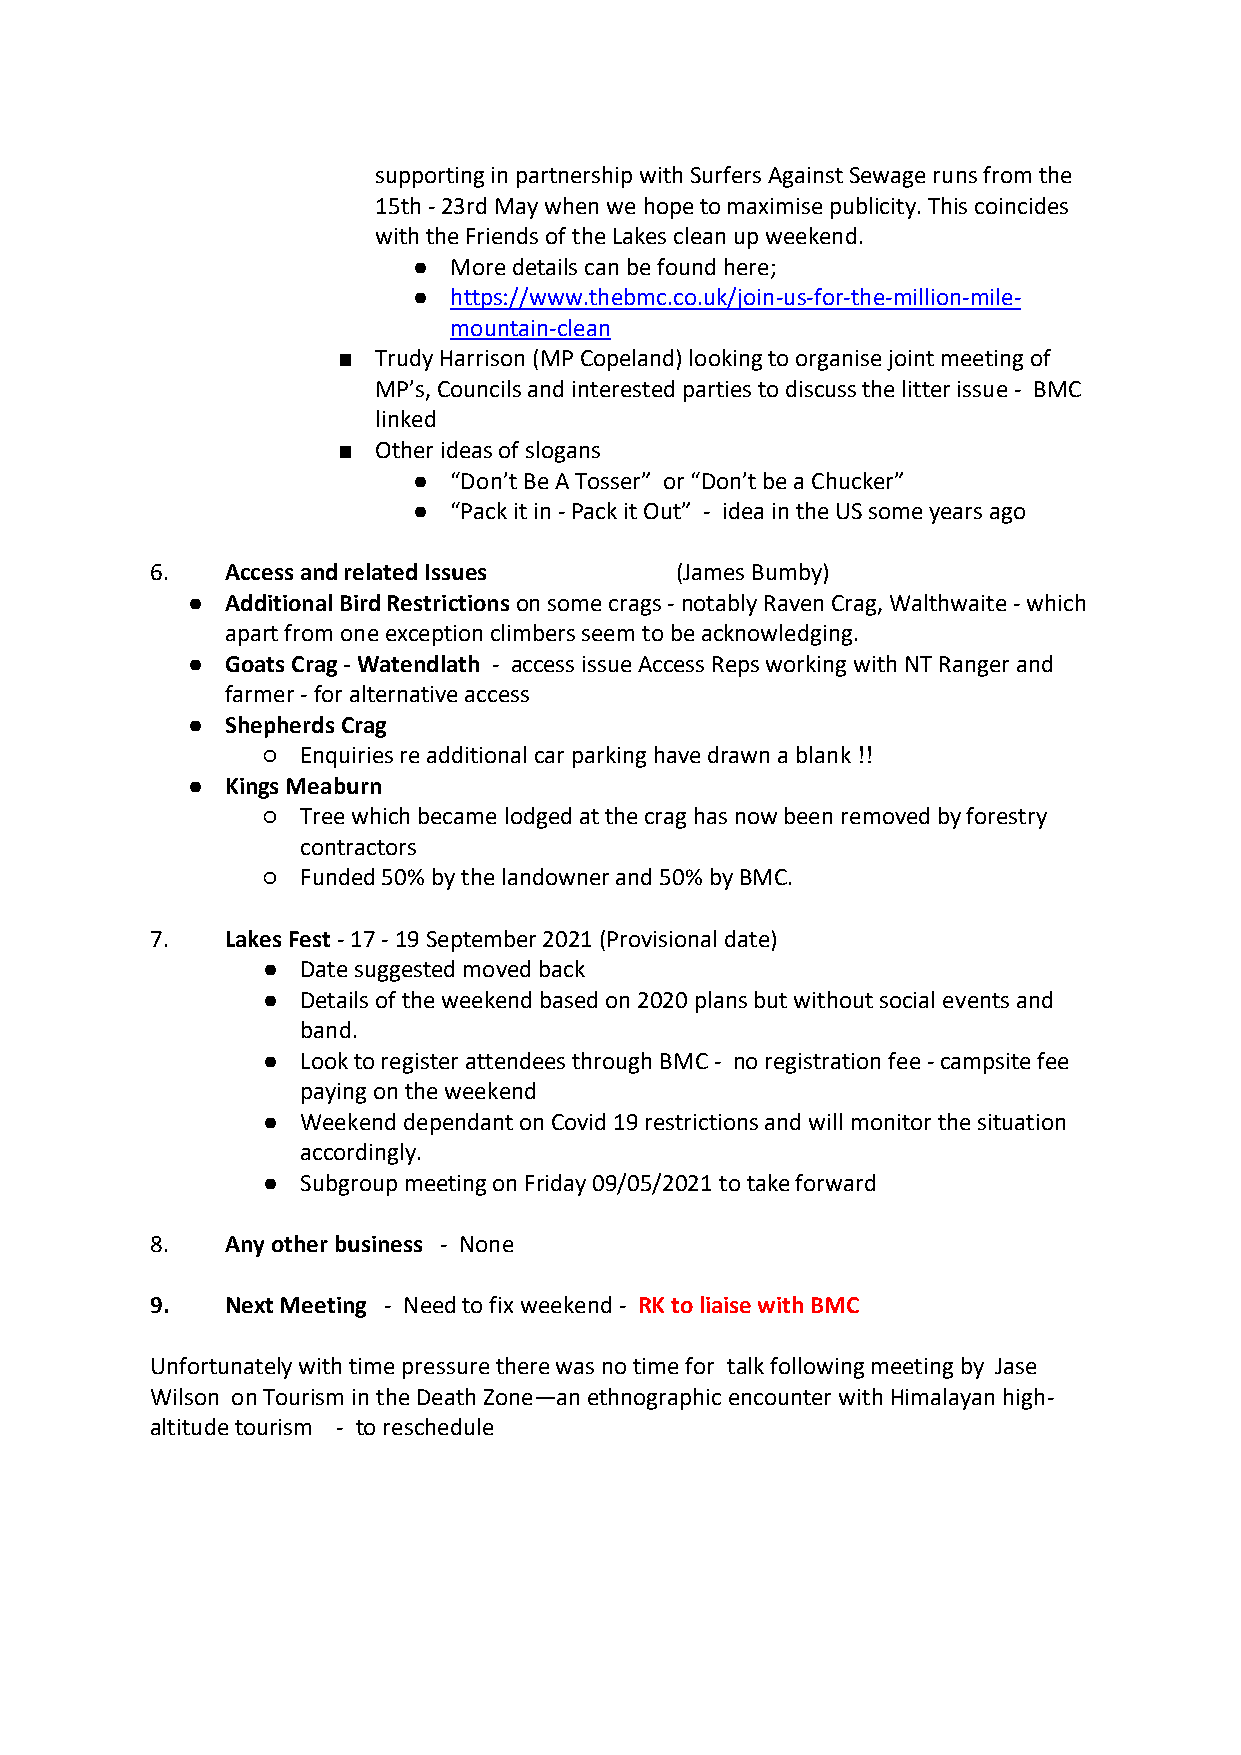
supporting in partnership with Surfers Against Sewage runs from the
 15th - 23rd May when we hope to maximise publicity. This coincides
 with the Friends of the Lakes clean up weekend.
 ●  More details can be found here;
 ●  https://www.thebmc.co.uk/join-us-for-the-million-mile-
 mountain-clean
 ■  Trudy Harrison (MP Copeland) looking to organise joint meeting of
 MP’s, Councils and interested parties to discuss the litter issue - BMC
 linked
 ■  Other ideas of slogans
 ●  “Don’t Be A Tosser” or “Don’t be a Chucker”
 ●  “Pack it in - Pack it Out” - idea in the US some years ago
 6.   Access and related Issues     (James Bumby)
 ●  Additional Bird Restrictions on some crags - notably Raven Crag, Walthwaite - which
 apart from one exception climbers seem to be acknowledging.
 ●  Goats Crag - Watendlath - access issue Access Reps working with NT Ranger and
 farmer - for alternative access
 ●  Shepherds Crag
 ○  Enquiries re additional car parking have drawn a blank !!
 ●  Kings Meaburn
 ○  Tree which became lodged at the crag has now been removed by forestry
 contractors
 ○  Funded 50% by the landowner and 50% by BMC.
 7.   Lakes Fest - 17 - 19 September 2021 (Provisional date)
 ●  Date suggested moved back
 ●  Details of the weekend based on 2020 plans but without social events and
 band.
 ●  Look to register attendees through BMC - no registration fee - campsite fee
 paying on the weekend
 ●  Weekend dependant on Covid 19 restrictions and will monitor the situation
 accordingly.
 ●  Subgroup meeting on Friday 09/05/2021 to take forward
 8.   Any other business - None
 9.   Next Meeting - Need to fix weekend - RK to liaise with BMC
 Unfortunately with time pressure there was no time for talk following meeting by Jase
 Wilson on Tourism in the Death Zone—an ethnographic encounter with Himalayan high-
 altitude tourism - to reschedule